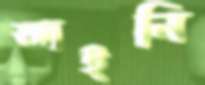
আইনি